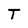
Character: T